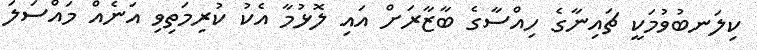
ކިލަނބުވުމަކީ ޗައިނާގެ ހިއްސާގެ ބާޒާރަށް އައި ލޮޅުމާ އެކު ކުރިމަތިވި އަނެއް މައްސަލަ